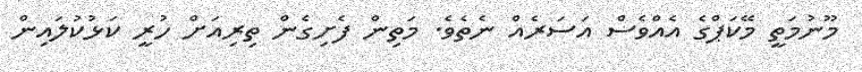
މޫނުމަތީ މޭކަޕްގެ އެއްވެސް އަސަރެއް ނެތެވެ. މަތިން ފެށިގެން ތިރިއަށް ހުރީ ކަޅުކުލައިން